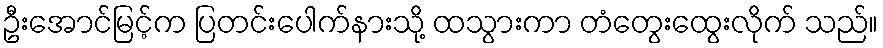
ဦးအောင်မြင့်က ပြတင်းပေါက်နားသို့ ထသွားကာ တံတွေးထွေးလိုက် သည်။